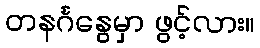
တနင်္ဂနွေမှာ ဖွင့်လား။